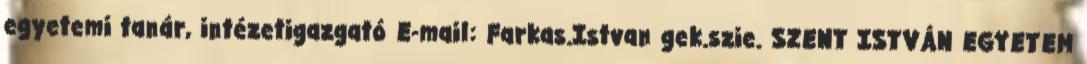
egyetemi tanár, intézetigazgató E-mail: Farkas.Istvan gek.szie. SZENT ISTVÁN EGYETEM